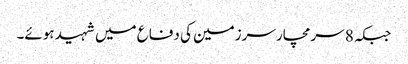
جبکہ 8 سرمچار سرزمین کی دفاع میں شہید ہوئے۔